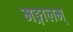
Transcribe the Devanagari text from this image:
मङ्गालम्